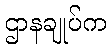
ဌာနချုပ်က